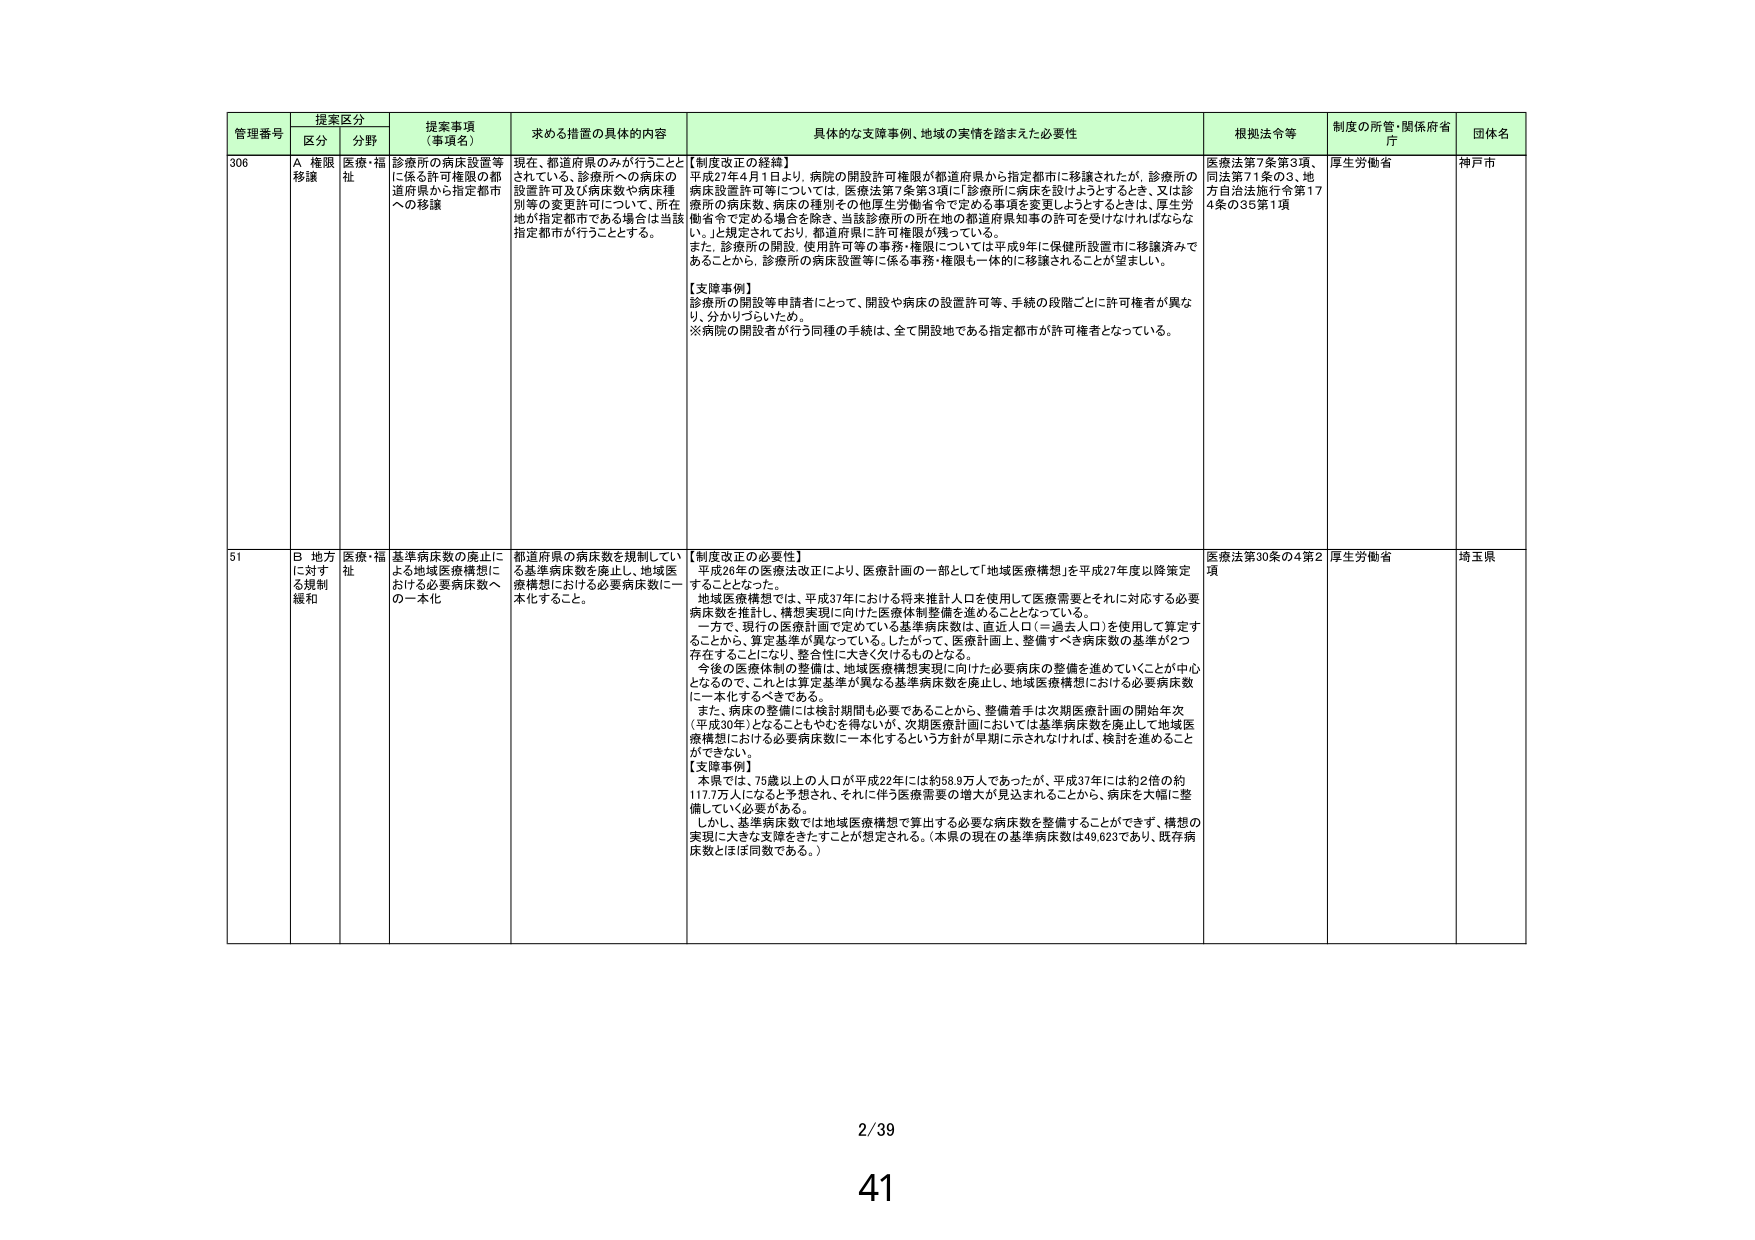
管理番号 提案区分 提案事項（事項名） 求める措置の具体的内容 具体的な支援事例、地域の実情を踏まえた必要性 根拠法令等 制度の所管・関係府省庁 団体名
区分 分野
306 A 権限移譲 医療・福祉 診療所の病床設置等に係る許可権限の都道府県から指定都市への移譲 現在、都道府県のみが行うこととされている、診療所への病床の設置許可及び病床数や病床種別等の変更許可について、所在地が指定都市である場合は当該指定都市が行うこととする。 【制度改正の経緯】 平成27年4月1日より、病院の開設許可権限が都道府県から指定都市に移譲されたが、診療所の病床設置許可等については、医療法第7条第3項に「診療所に病床を設けようとするとき、又は診療所の病床数、病床の種別その他厚生労働省令で定める事項を変更しようとするときは、厚生労働省令で定める場合を除き、当該診療所の所在地の都道府県知事の許可を受けなければならない。」と規定されており、都道府県に許可権限が残っている。 また、診療所の開設、使用許可等の事務・権限については平成9年に保健所設置市に移譲済みであることから、診療所の病床設置等に係る事務・権限も一体的に移譲されることが望ましい。 【支援事例】 診療所の開設等申請者にとって、開設や病床の設置許可等、手続の段階ごとに許可権者が異なり、分かりづらいため。 ※病院の開設者が行う同種の手続は、全て開設地である指定都市が許可権者となっている。 医療法第7条第3項、同法第71条の3、地方自治法施行令第174条の35第1項 厚生労働省 神戸市
51 B 地方に対する規制緩和 医療・福祉 基準病床数の廃止による地域医療構想における必要病床数への一本化 都道府県の病床数を規制している基準病床数を廃止し、地域医療構想における必要病床数に一本化すること。 【制度改正の必要性】 平成28年の医療法改正により、医療計画の一部として「地域医療構想」を平成27年度以降策定することとなった。 地域医療構想では、平成37年における将来推計人口を使用して医療需要とそれに対応する必要病床数を推計し、構想実現に向けた医療体制整備を進めることとなっている。 一方で、現行の医療計画で定めている基準病床数は、直近人口（＝過去人口）を使用して算定することから、算定基準が異なっている。したがって、医療計画上、整備すべき病床数の基準が2つ存在することになり、整合性に大きく欠けるものとなる。 今後の医療体制の整備は、地域医療構想実現に向けた必要病床の整備を進めていくことが中心となるので、これとは算定基準が異なる基準病床数を廃止し、地域医療構想における必要病床数に一本化するべきである。 また、病床の整備には検討期間も必要であることから、整備着手は次期医療計画の開始年次（平成30年）となることもやむを得ないが、次期医療計画においては基準病床数を廃止して地域医療構想における必要病床数に一本化するという方針が早期に示されなければ、検討を進めることができない。 【支援事例】 本県では、75歳以上の人口が平成22年には約58.9万人であったが、平成37年には約2倍の約117.7万人になると予想され、それに伴う医療需要の増大が見込まれることから、病床を大幅に整備していく必要がある。 しかし、基準病床数では地域医療構想で算出する必要な病床数を整備することができる。構想の実現に大きな支障をきたすことが想定される。（本県の現在の基準病床数は49,623であり、既存病床数とほぼ同数である。） 医療法第30条の4第2項 厚生労働省 埼玉県
2/39
41